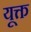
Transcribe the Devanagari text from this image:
यूक्त